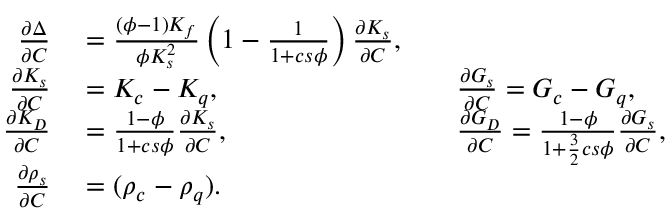
\begin{array} { r } { \begin{array} { r l r l } { \frac { \partial \Delta } { \partial C } } & { { } = \frac { ( \phi - 1 ) K _ { f } } { \phi K _ { s } ^ { 2 } } \left( 1 - \frac { 1 } { 1 + c s \phi } \right) \frac { \partial K _ { s } } { \partial C } , } \\ { \frac { \partial K _ { s } } { \partial C } } & { { } = K _ { c } - K _ { q } , \qquad } & { } & { { } \frac { \partial G _ { s } } { \partial C } = G _ { c } - G _ { q } , } \\ { \frac { \partial K _ { D } } { \partial C } } & { { } = \frac { 1 - \phi } { 1 + c s \phi } \frac { \partial K _ { s } } { \partial C } , \qquad } & { } & { { } \frac { \partial G _ { D } } { \partial C } = \frac { 1 - \phi } { 1 + \frac { 3 } { 2 } c s \phi } \frac { \partial G _ { s } } { \partial C } , } \\ { \frac { \partial \rho _ { s } } { \partial C } } & { { } = ( \rho _ { c } - \rho _ { q } ) . } \end{array} } \end{array}